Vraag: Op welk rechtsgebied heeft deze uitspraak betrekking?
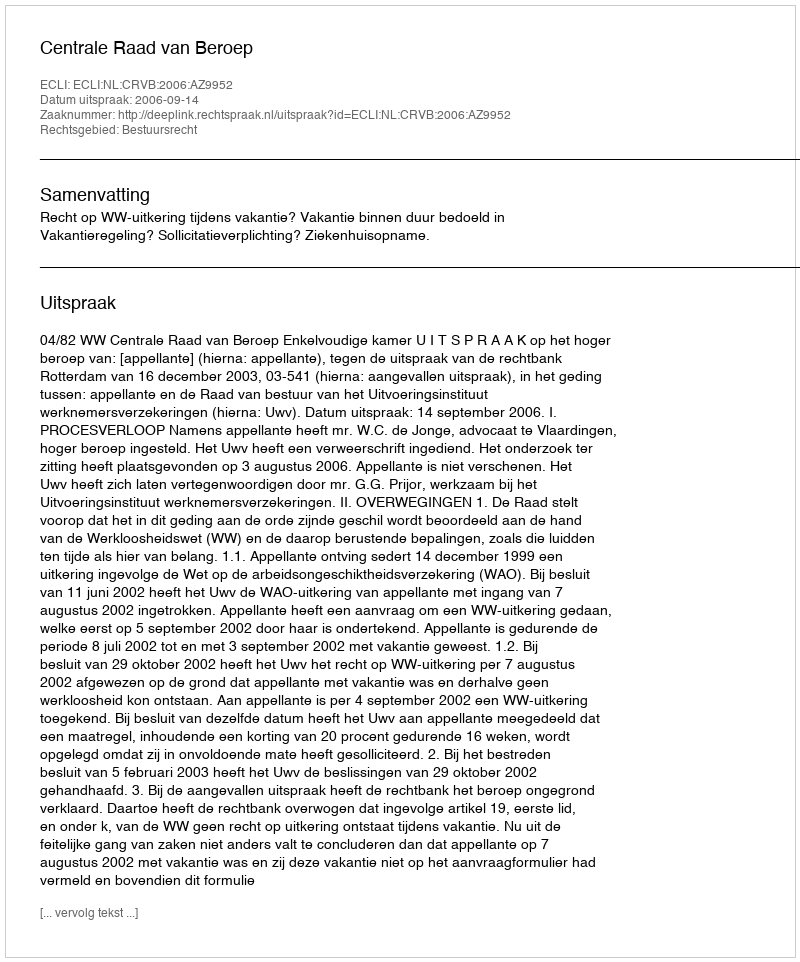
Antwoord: Bestuursrecht